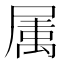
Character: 𭕭